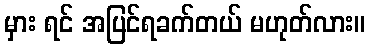
မှား ရင် အပြင်ရခက်တယ် မဟုတ်လား။